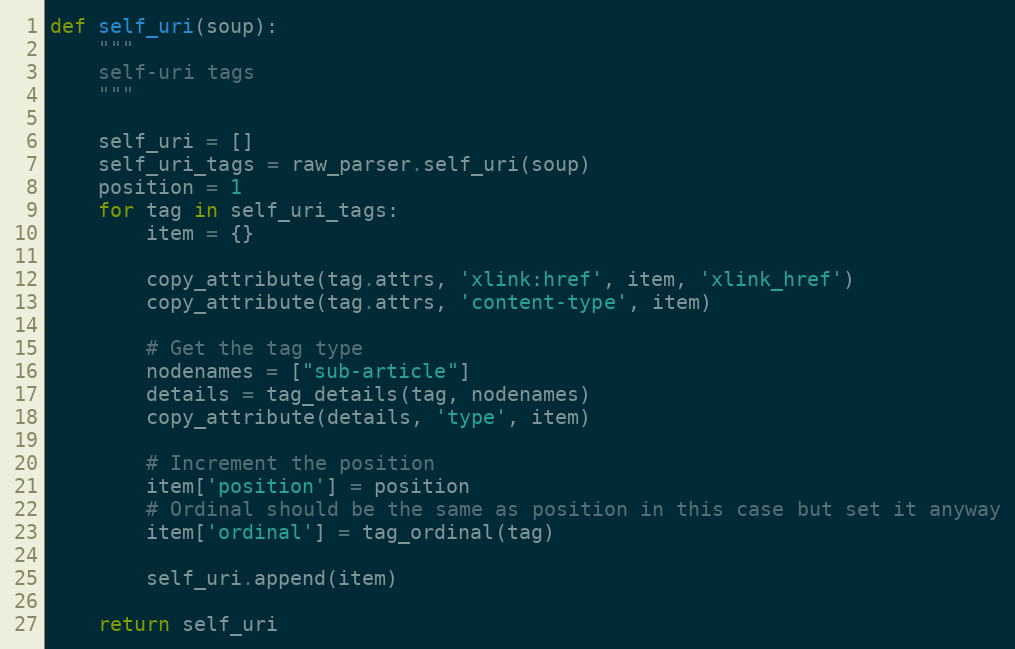
Language: Python
def self_uri(soup):
    """
    self-uri tags
    """

    self_uri = []
    self_uri_tags = raw_parser.self_uri(soup)
    position = 1
    for tag in self_uri_tags:
        item = {}

        copy_attribute(tag.attrs, 'xlink:href', item, 'xlink_href')
        copy_attribute(tag.attrs, 'content-type', item)

        # Get the tag type
        nodenames = ["sub-article"]
        details = tag_details(tag, nodenames)
        copy_attribute(details, 'type', item)

        # Increment the position
        item['position'] = position
        # Ordinal should be the same as position in this case but set it anyway
        item['ordinal'] = tag_ordinal(tag)

        self_uri.append(item)

    return self_uri